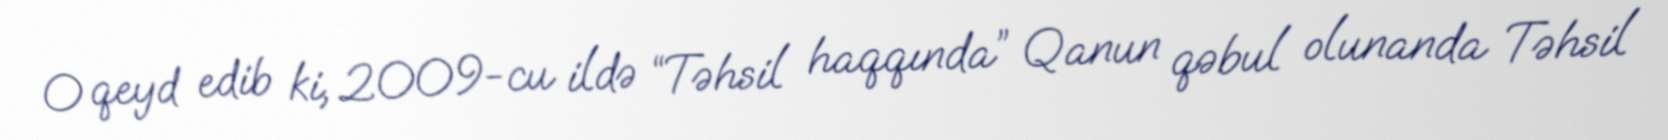
O qeyd edib ki, 2009-cu ildə “Təhsil haqqında” Qanun qəbul olunanda Təhsil